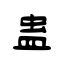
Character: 蛊